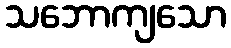
သဘောကျသော